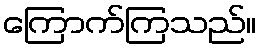
ကြောက်ကြသည်။